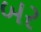
બર